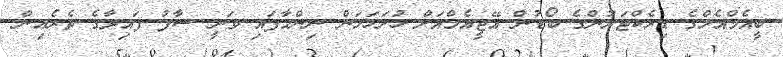
ބީއެމްއެލްގެ ޑިރެކްޓަރުންގެ ބޯޑުން އޭޖީއެމްއަށް ހުށަހަޅަން ނިންމާފައި ވަނީ ސާފު ފައިދާގެ ތެރެއިން